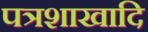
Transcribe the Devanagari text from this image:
पत्रशाखादि